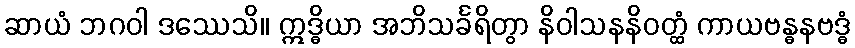
ဆာယံ ဘဂဝါ ဒဿေသိ။ ဣဒ္ဓိယာ အဘိသင်္ခရိတွာ နိဝါသနနိဝတ္ထံ ကာယဗန္ဓနဗဒ္ဓံ